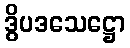
ဒွိပဒသေဋ္ဌော